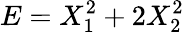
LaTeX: E=X_{1}^{2}+2X_{2}^{2}